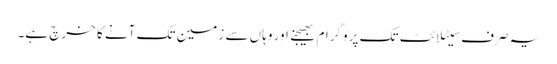
یہ صرف سیٹلائٹ تک پروگرام بھیجنے اور وہاں سے زمین تک آنے کا خرچ ہے۔